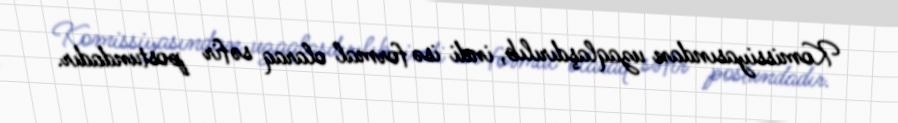
Komissiyasından uzaqlaşdırılıb, indi isə formal olaraq səfir postundadır.